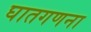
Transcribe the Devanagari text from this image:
घातगणना